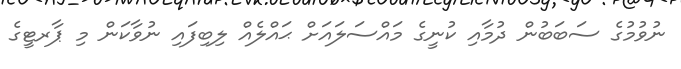
ނުވުމުގެ ސަބަބުން ދުމާއި ކުނީގެ މައްސަލައަށް ޙައްލެއް ލިބިފައި ނުވާކަން މި ޕާރޓީގެ